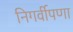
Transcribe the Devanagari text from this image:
निगर्वीपणा